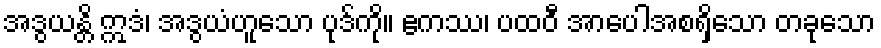
အဒွယန္တိ ဣဒံ၊ အဒွယံဟူသော ပုဒ်ကို။ ဧကဿ၊ ပထဝီ အာပေါအစရှိသော တခုသော